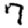
Digit: 7